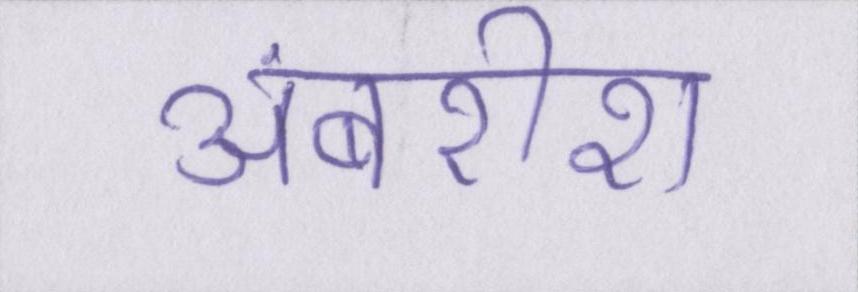
अंबरीश